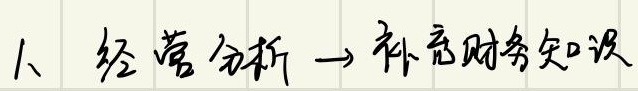
1、经营分析→补充财务知识